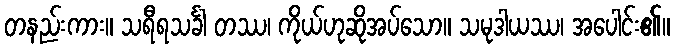
တနည်းကား။ သရီရသင်္ခါ တဿ၊ ကိုယ်ဟုဆိုအပ်သော။ သမုဒါယဿ၊ အပေါင်း၏။